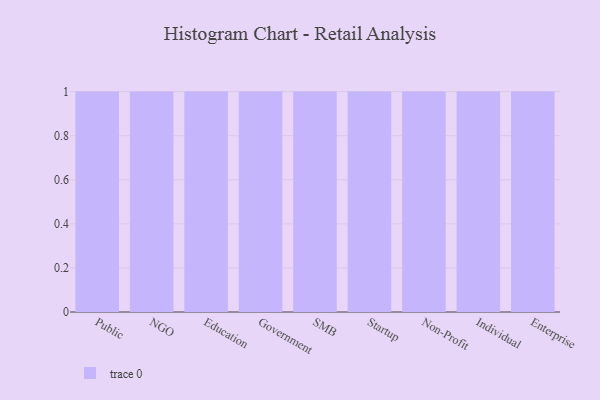
{"axis": {"x": "Segment", "y": "Budget (USD K)"}, "legend": [""], "data": [{"x": "Public", "y": 36, "type": ""}, {"x": "NGO", "y": 1, "type": ""}, {"x": "Education", "y": 78, "type": ""}, {"x": "Government", "y": 57, "type": ""}, {"x": "SMB", "y": 29, "type": ""}, {"x": "Startup", "y": 87, "type": ""}, {"x": "Non-Profit", "y": 10, "type": ""}, {"x": "Individual", "y": 71, "type": ""}, {"x": "Enterprise", "y": 85, "type": ""}]}